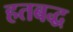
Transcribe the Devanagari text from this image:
हतबद्ध